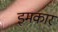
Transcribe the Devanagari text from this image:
इमकार